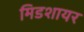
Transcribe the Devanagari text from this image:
मिडशायर